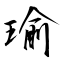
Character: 瑜